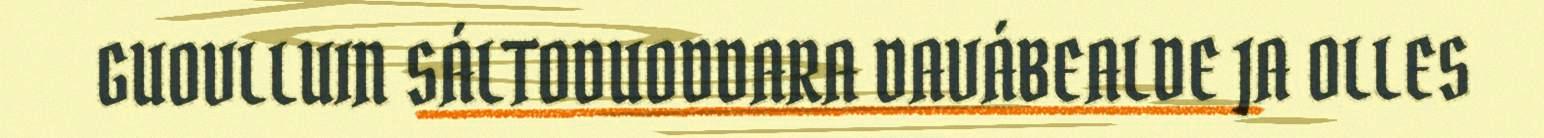
GUOVLLUIN SÁLTODUODDARA DAVÁBEALDE JA OLLES